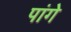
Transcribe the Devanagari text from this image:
पांगे